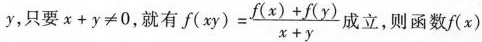
y，只要$$χ+y≠0$$，就有$$ f(xy)= \frac{f(x)+f(y)}{x+y}$$ 成立，则函数f(x)